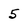
Character: 5